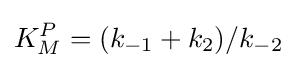
K_{M}^{P}=(k_{-1}+k_{2})/k_{-2}